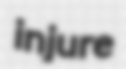
injure